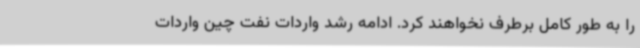
را به طور کامل برطرف نخواهند کرد. ادامه رشد واردات نفت چین واردات